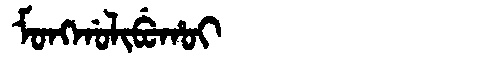
Manchu: ᠮᠣᠩᡤᠣᠯᡳᠪᡠᡥᠣᡳ
Romanization: MONGGOLIBUHOI